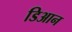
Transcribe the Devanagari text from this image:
डिआन